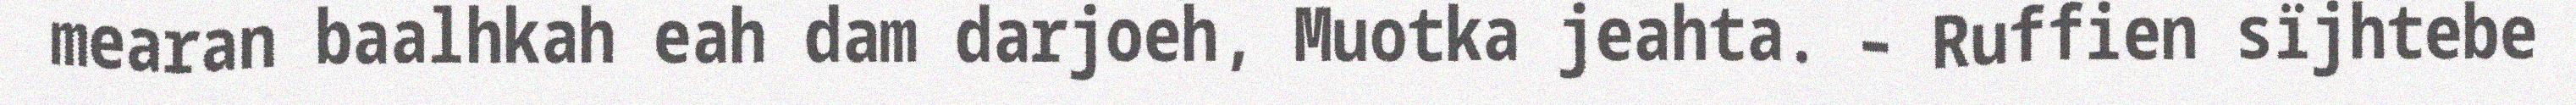
mearan baalhkah eah dam darjoeh, Muotka jeahta. – Ruffien sïjhtebe